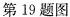
第19题图